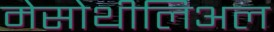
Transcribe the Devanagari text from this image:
मेसोथीलिअल